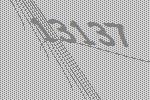
13137